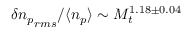
\delta { n _ { p } } _ { r m s } / \langle n _ { p } \rangle \sim M _ { t } ^ { 1 . 1 8 \pm 0 . 0 4 }